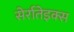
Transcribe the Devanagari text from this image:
सेर्रातेइक्स